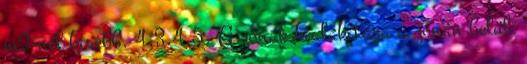
m2-nél kisebb. 4.3.4.5. A zónák kialakítása a zónán belüli